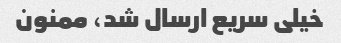
خیلى سریع ارسال شد، ممنون